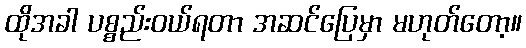
ထိုအခါ ပစ္စည်းဝယ်ရတာ အဆင်ပြေမှာ မဟုတ်တော့။